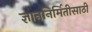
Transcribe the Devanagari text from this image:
ज्ञाननिर्मितीसाठी